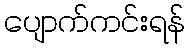
ပျောက်ကင်းရန်